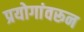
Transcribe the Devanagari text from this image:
प्रयोगांवरून